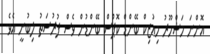
އޮންނަ މަޝްހޫރު މިއުޒިކް ބޭންޑް ކޮޕްސް ބޭންޑުން ވެސް ފުރުސަތު ލިބުނީ އެވެ.